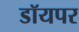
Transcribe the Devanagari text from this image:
डॉयपर